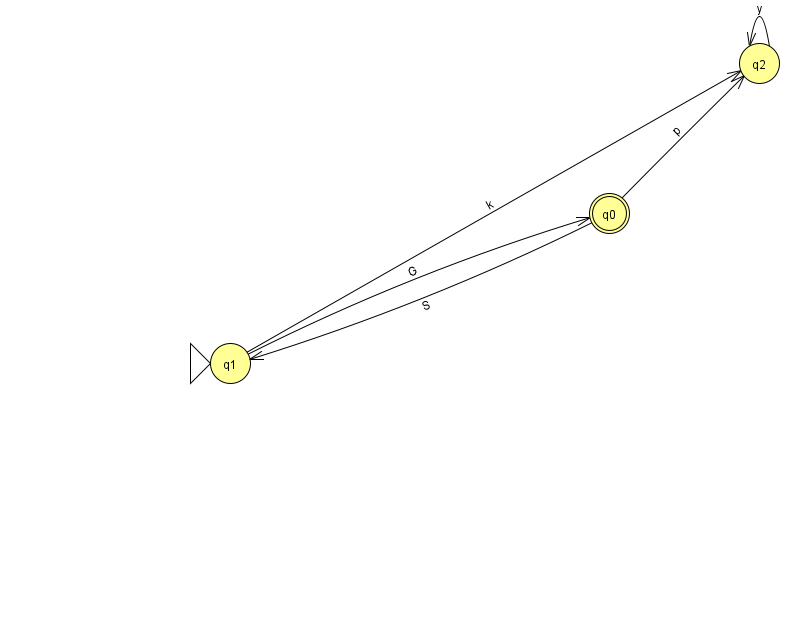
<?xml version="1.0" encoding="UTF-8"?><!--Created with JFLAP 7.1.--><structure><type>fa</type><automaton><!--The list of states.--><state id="0" name="q0"><x>609.0</x><y>200.0</y><final/></state><state id="1" name="q1"><x>230.0</x><y>350.0</y><initial/></state><state id="2" name="q2"><x>759.0</x><y>50.0</y></state><!--The list of transitions.--><transition><from>1</from><to>0</to><read>G</read></transition><transition><from>0</from><to>1</to><read>S</read></transition><transition><from>0</from><to>2</to><read>p</read></transition><transition><from>1</from><to>2</to><read>k</read></transition><transition><from>2</from><to>2</to><read>y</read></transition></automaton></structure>